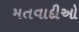
મતવાદીઓ